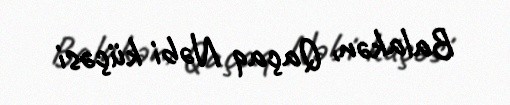
Balakən, Qaçaq Nəbi küçəsi